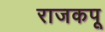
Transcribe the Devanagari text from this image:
राजकपू